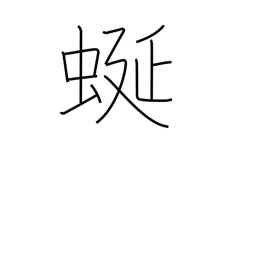
Meaning: meandering